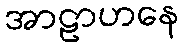
အာဠာဟနေ